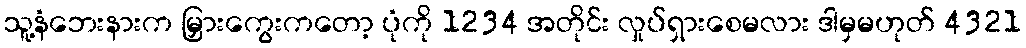
သူ့နံဘေးနားက မြှားကွေးကတော့ ပုံကို 1234 အတိုင်း လှုပ်ရှားစေမလား ဒါမှမဟုတ် 4321